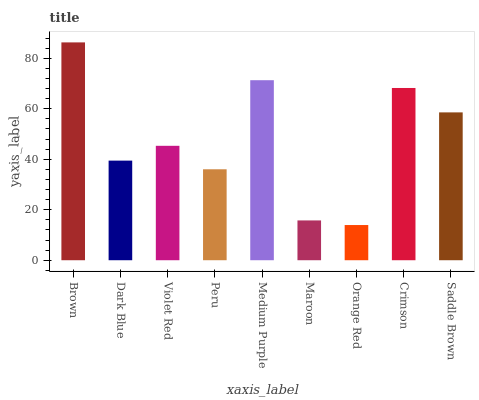
| xaxis_label | bars |
 | --- | --- |
 | Brown | 86.3 |
 | Dark Blue | 39.4 |
 | Violet Red | 45.3 |
 | Peru | 36 |
 | Medium Purple | 71.3 |
 | Maroon | 15.8 |
 | Orange Red | 13.9 |
 | Crimson | 68.2 |
 | Saddle Brown | 58.5 |